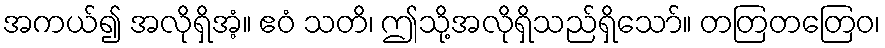
အကယ်၍ အလိုရှိအံ့။ ဧဝံ သတိ၊ ဤသို့အလိုရှိသည်ရှိသော်။ တတြတတြေဝ၊